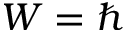
W = \hbar